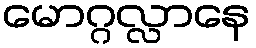
မောဂ္ဂလ္လာနေ